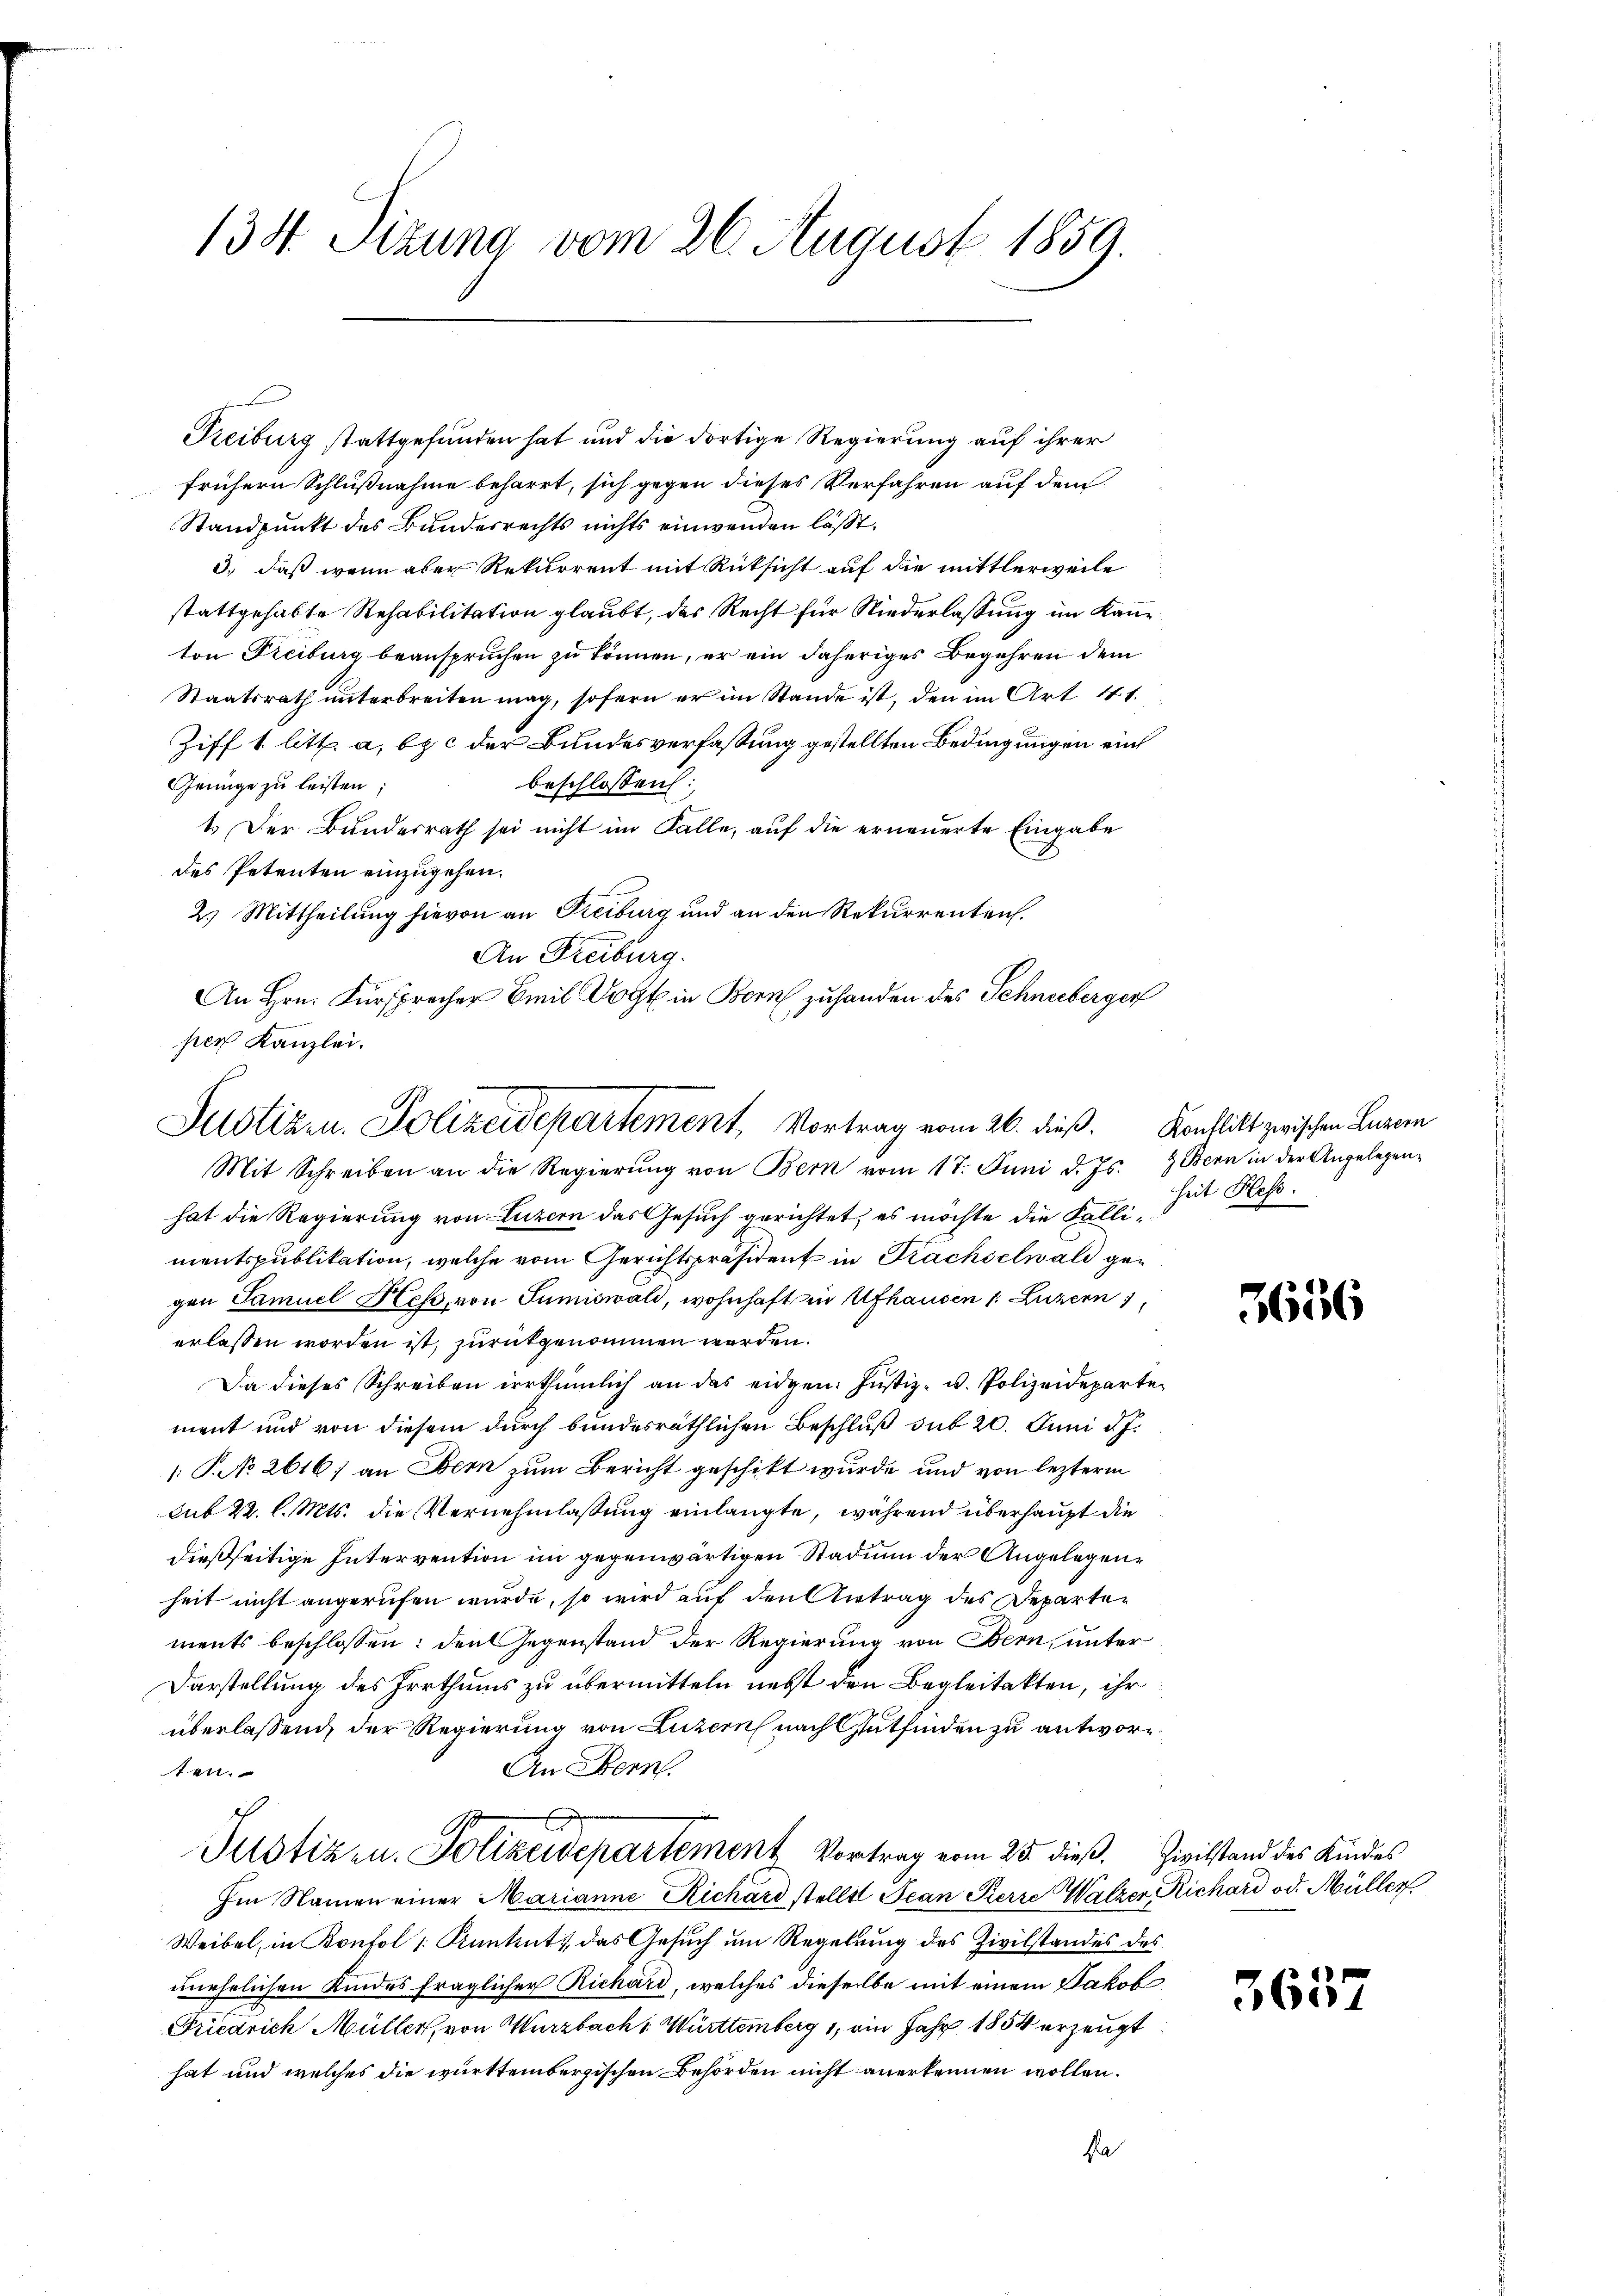
134. Sitzung vom 26. August 1859.

Treiburg stattgefunden hat und die dortige Regierung auf ihrer
frühern Schlußnahme beharrt, sich gegen dieses Verfahren auf dem
Standpunkt des Bundesrechts nichts einwenden lässt.
3.) daß wenn aber Rekurrent mit Rücksicht auf die mittlerweile
stattgehabte Rehabilitation glaubt, des Recht für Niederlassung im Kanton Freiburg beanspruchen zu können, er ein daheriges Begehren dem
Staatsrath unterbreiten mag, sofern er im Stande ist, den im Art. 41.
Ziff 1 litt. a, b. c der Bundesverfaßung gestellten Bedingungen ein
beschlossen:
Genüge zu leisten;
1. Der Bundesrath sei nicht im Falle, auf die erneuerte Eingabe
des Petenten einzugehen.
2. Mittheilung hievon an Freiburg und an den Rekurrenten.
An Freiburg.
An Hrn. Fürsprecher Emil Vogt in Bern zuhanden des Schneeberger
per Kanzlei.

Justizen. Polizeidepartement, Vortrag vom 26. dieß. Konflikt zwischen Luzern

Mit Schreiben an die Regierŭng von Bern vom 17. Juni d. Js. & Bern in der Angelegen-
hat die Regierung von Luzern das Gesuch gerichtet, es möchte die Fallimentspublikation, welche vom Gerichtspräsident in Prachselwald gegen Samuel Heß, von Sumiswald, wohnhaft in Ufhausen 1. Luzern,
erlassen worden ist, zurückgenommen werden.
Da dieses Schreiben irrthümlich an das eidgen: Justiz- u. Polizeidepartement und von diesem durch bundesräthlichen Beschluß sub 20. Juni u.
/: P. No. 2616; an Obern zum Bericht geschikt wurde und von lezterm
sub 22. l. Mts. die Vernehmlassung einlangte, während überhaupt die
dießseitige Intervention im gegenwärtigen Stadin der Angelegenheit nicht angerufen wurde, so wird auf den Antrag des Departen
ments beschlossen: den Gegenstand der Regierung von Bern, unter¬
Darstellung des Irrthums zu übermitteln nebst den Begleitakten, ihr
überlassend, der Regierung von Luzern nach Gutfinden zu antwor¬
An Bern.
ten.
Justizen. Polizeidepartement Vortrag vom 25. dieß. Zivilstand des Kindes
Im Namen einer Marianne Richard stellt Jean Pierre Walzer Richard od. Müller
Weibel, in Konfol /: Kantent, das Gesuch um Regelung des Zivilstandes des
unehelichen Kindes fraglicher Richard, welches dieselbe mit einem Jakob
Friedrich Müller, von Wurzbachs Württemberg 1, ain Jahr 1854 erzeugt
hat und welches die württembergischen Behörden nicht anerkennen wollen.
Pa

heit Hess.
B

3636

565